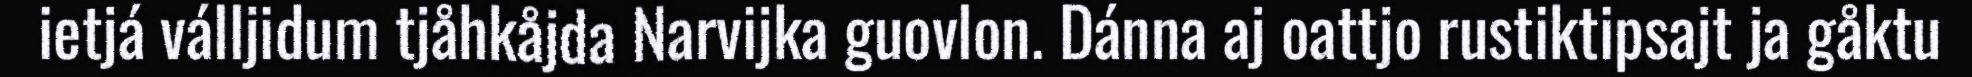
ietjá válljidum tjåhkåjda Narvijka guovlon. Dánna aj oattjo rustiktipsajt ja gåktu